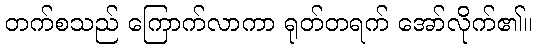
တက်စသည် ကြောက်လာကာ ရုတ်တရက် အော်လိုက်၏။